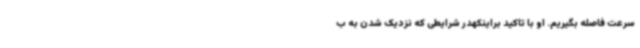
سرعت فاصله بگیریم. او با تاکید براینکهدر شرایطی که نزدیک شدن به ب